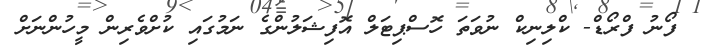
ފޯނު ފްރޯޑް- ކްލިނިކް ނުވަތަ ހޮސްޕިޓަލް އޮފިޝަލުންގެ ނަމުގައި ކުށްވެރިން މީހުންނަށް